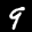
Label: 9